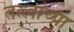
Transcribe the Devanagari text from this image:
तत्‍त्वांच्या